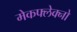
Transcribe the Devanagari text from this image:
मेकफ्लेक्नो